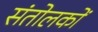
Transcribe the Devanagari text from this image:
संतोलकों